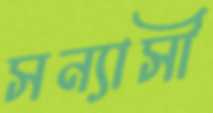
সন্যাসী